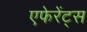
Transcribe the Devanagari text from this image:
एफेरेंट्स